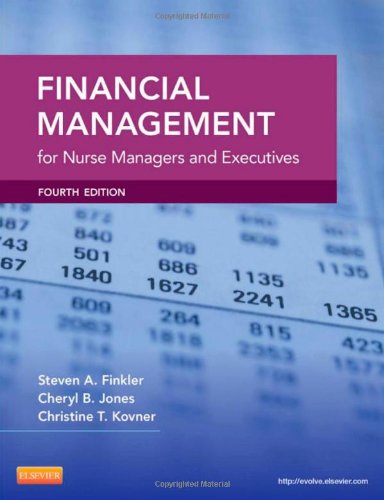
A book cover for Financial Management for Nurse Managers and Executives, 4e (Finkler, Financial Management for Nurse Managers and Executives); Steven A. Finkler PhD  CPA; Medical Books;